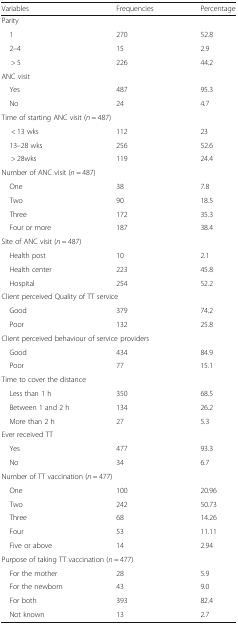
| Variables | Frequencies | Percentage |
 | --- | --- | --- |
 | <COLSPAN=3> Parity |
 | 1 | 270 | 52.8 |
 | 2–4 | 15 | 2.9 |
 | > 5 | 226 | 44.2 |
 | <COLSPAN=3> ANC visit |
 | Yes | 487 | 95.3 |
 | No | 24 | 4.7 |
 | <COLSPAN=3> Time of starting ANC visit (n = 487) |
 | < 13 wks | 112 | 23 |
 | 13–28 wks | 256 | 52.6 |
 | > 28wks | 119 | 24.4 |
 | <COLSPAN=3> Number of ANC visit (n = 487) |
 | One | 38 | 7.8 |
 | Two | 90 | 18.5 |
 | Three | 172 | 35.3 |
 | Four or more | 187 | 38.4 |
 | <COLSPAN=3> Site of ANC visit (n = 487) |
 | Health post | 10 | 2.1 |
 | Health center | 223 | 45.8 |
 | Hospital | 254 | 52.2 |
 | <COLSPAN=3> Client perceived Quality of TT service |
 | Good | 379 | 74.2 |
 | Poor | 132 | 25.8 |
 | <COLSPAN=3> Client perceived behaviour of service providers |
 | Good | 434 | 84.9 |
 | Poor | 77 | 15.1 |
 | <COLSPAN=3> Time to cover the distance |
 | Less than 1 h | 350 | 68.5 |
 | Between 1 and 2 h | 134 | 26.2 |
 | More than 2 h | 27 | 5.3 |
 | <COLSPAN=3> Ever received TT |
 | Yes | 477 | 93.3 |
 | No | 34 | 6.7 |
 | <COLSPAN=3> Number of TT vaccination (n = 477) |
 | One | 100 | 20.96 |
 | Two | 242 | 50.73 |
 | Three | 68 | 14.26 |
 | Four | 53 | 11.11 |
 | Five or above | 14 | 2.94 |
 | <COLSPAN=3> Purpose of taking TT vaccination (n = 477) |
 | For the mother | 28 | 5.9 |
 | For the newborn | 43 | 9.0 |
 | For both | 393 | 82.4 |
 | Not known | 13 | 2.7 |